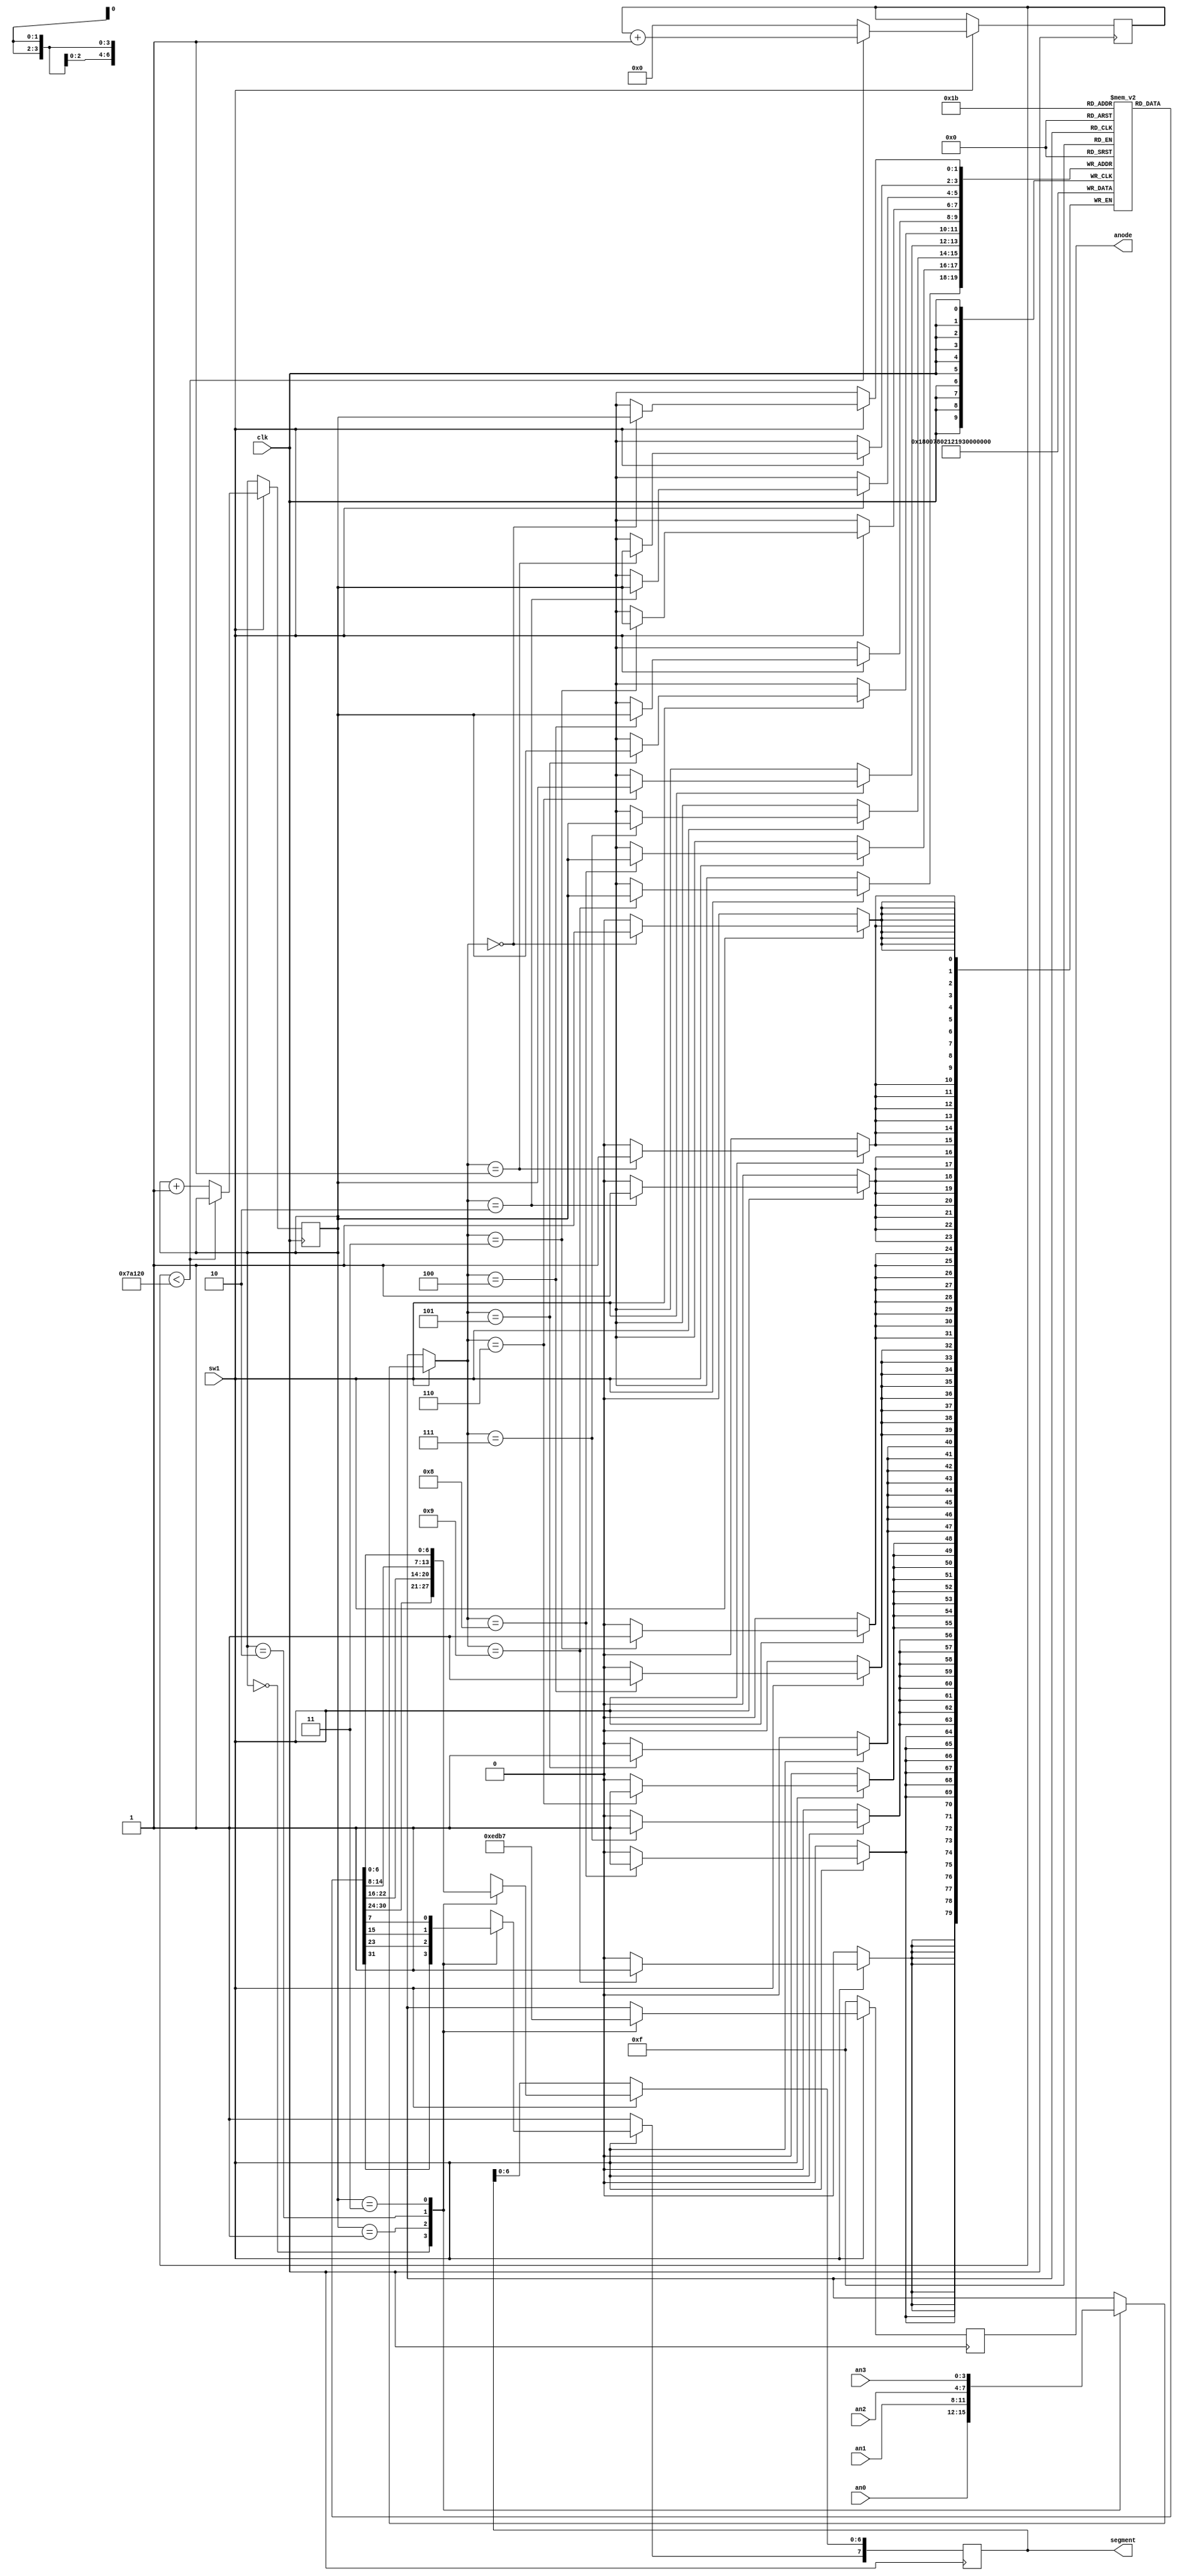
`timescale 1ns / 1ps
//////////////////////////////////////////////////////////////////////////////////
// Company: 
// Engineer: 
// 
// Design Name: 
// Module Name: sevenseg
// Project Name: 
// Target Devices: 
// Tool Versions: 
// Description: 
// 
// Dependencies: 
// 
// Revision:
// Revision 0.01 - File Created
// Additional Comments:
// 
//////////////////////////////////////////////////////////////////////////////////


module sevseg (
input clk,
    input sw1,
    input [3:0] an0, 
    input [3:0] an1,
    input [3:0] an2,
    input [3:0] an3,
    output reg [3:0] anode, //anode to be on
    output reg [7:0] segment 
    );
    
    reg [1:0] num = 0; //led_pointer
    reg [7:0] led_output [3:0]; // like 2d array --> memory registers--> location will be [0-3] while each memory location can store 8 bitof data
    reg [18:0] counter = 0; 
    parameter MAXcounter = 500000; //loop through segment every 500000 clock cycles -> 1/200 seconds
    
    wire [3:0] memory [3:0]; // like 2d array --> memory registers--> each can store 4 bit of data with location in 4 places
    assign  memory[0] = an0;// assign the first memory location to an0 and so on for the rest
    assign  memory[1] = an1;
    assign  memory[2] = an2;
    assign  memory[3] = an3; // an is fo what number to be displayed
                      	 
    always @(posedge clk) begin
    
    segment[7] = 1;
    if(sw1==1) begin
        if (counter < MAXcounter) begin
            counter <= counter+1;
        end else begin
            num <= num + 1;
            counter <= 0;
        end
                
		case(memory[num]) //if memory[0]-> an0 (what number to be displayed) --> -4 bit of data can be stored
			 4'b0000 : led_output[num] <= 7'b1000000; //0
			 4'b0001 : led_output[num] <= 7'b1111001; //1
			 4'b0010 : led_output[num] <= 7'b0100100; //2
			 4'b0011 : led_output[num] <= 7'b0110000; //3
			 4'b0100 : led_output[num] <= 7'b0011001; //4
			 4'b0101 : led_output[num] <= 7'b0010010; //5
			 4'b0110 : led_output[num] <= 7'b0000010; //6
			 4'b0111 : led_output[num] <= 7'b1111000; //7
			 4'b1000 : led_output[num] <= 7'b0000000; //8
			 4'b1001 : led_output[num] <= 7'b0011000; //9
     	 endcase
        
        case(num)  //depending on the case num the respective anode will be on and the led_output will be updated accordingly 
            0: begin// so that it can go through the above case statemet for each value
                anode <= 4'b1110;
                segment <= led_output[0];
            end
                
            1: begin
                anode <= 4'b1101;
                segment <= led_output[1];            
            end
            
            2: begin
                anode <= 4'b1011;
                segment <= led_output[2];
            end
            
            3: begin
                anode <= 4'b0111;
                segment <= led_output[3];
            end                
        endcase 
        end 
      else if(!sw1) begin 
      anode = 4'b1111; // off all the anode when not sw1
      end
             
    end 
endmodule